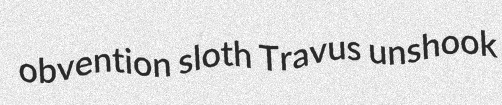
obvention sloth Travus unshook